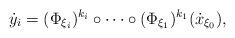
LaTeX: \begin{align*}\dot y_{i} = (\Phi_{\xi_i})^{k_i} \circ \dots \circ (\Phi_{\xi_1})^{k_1} (\dot x_{\xi_0}),\end{align*}